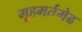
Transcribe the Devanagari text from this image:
मूहमर्तमेढ